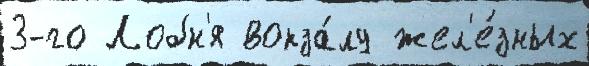
3-го Лобн'я вокза́лу жел'е́зных